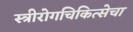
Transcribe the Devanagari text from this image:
स्त्रीरोगचिकित्सेचा